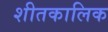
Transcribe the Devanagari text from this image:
शीतकालिक